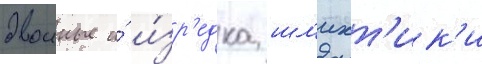
двоиные и́ и́зр'едка шл'ихт'ик'и